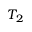
T _ { 2 }